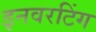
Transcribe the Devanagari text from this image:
इनवरटिंग